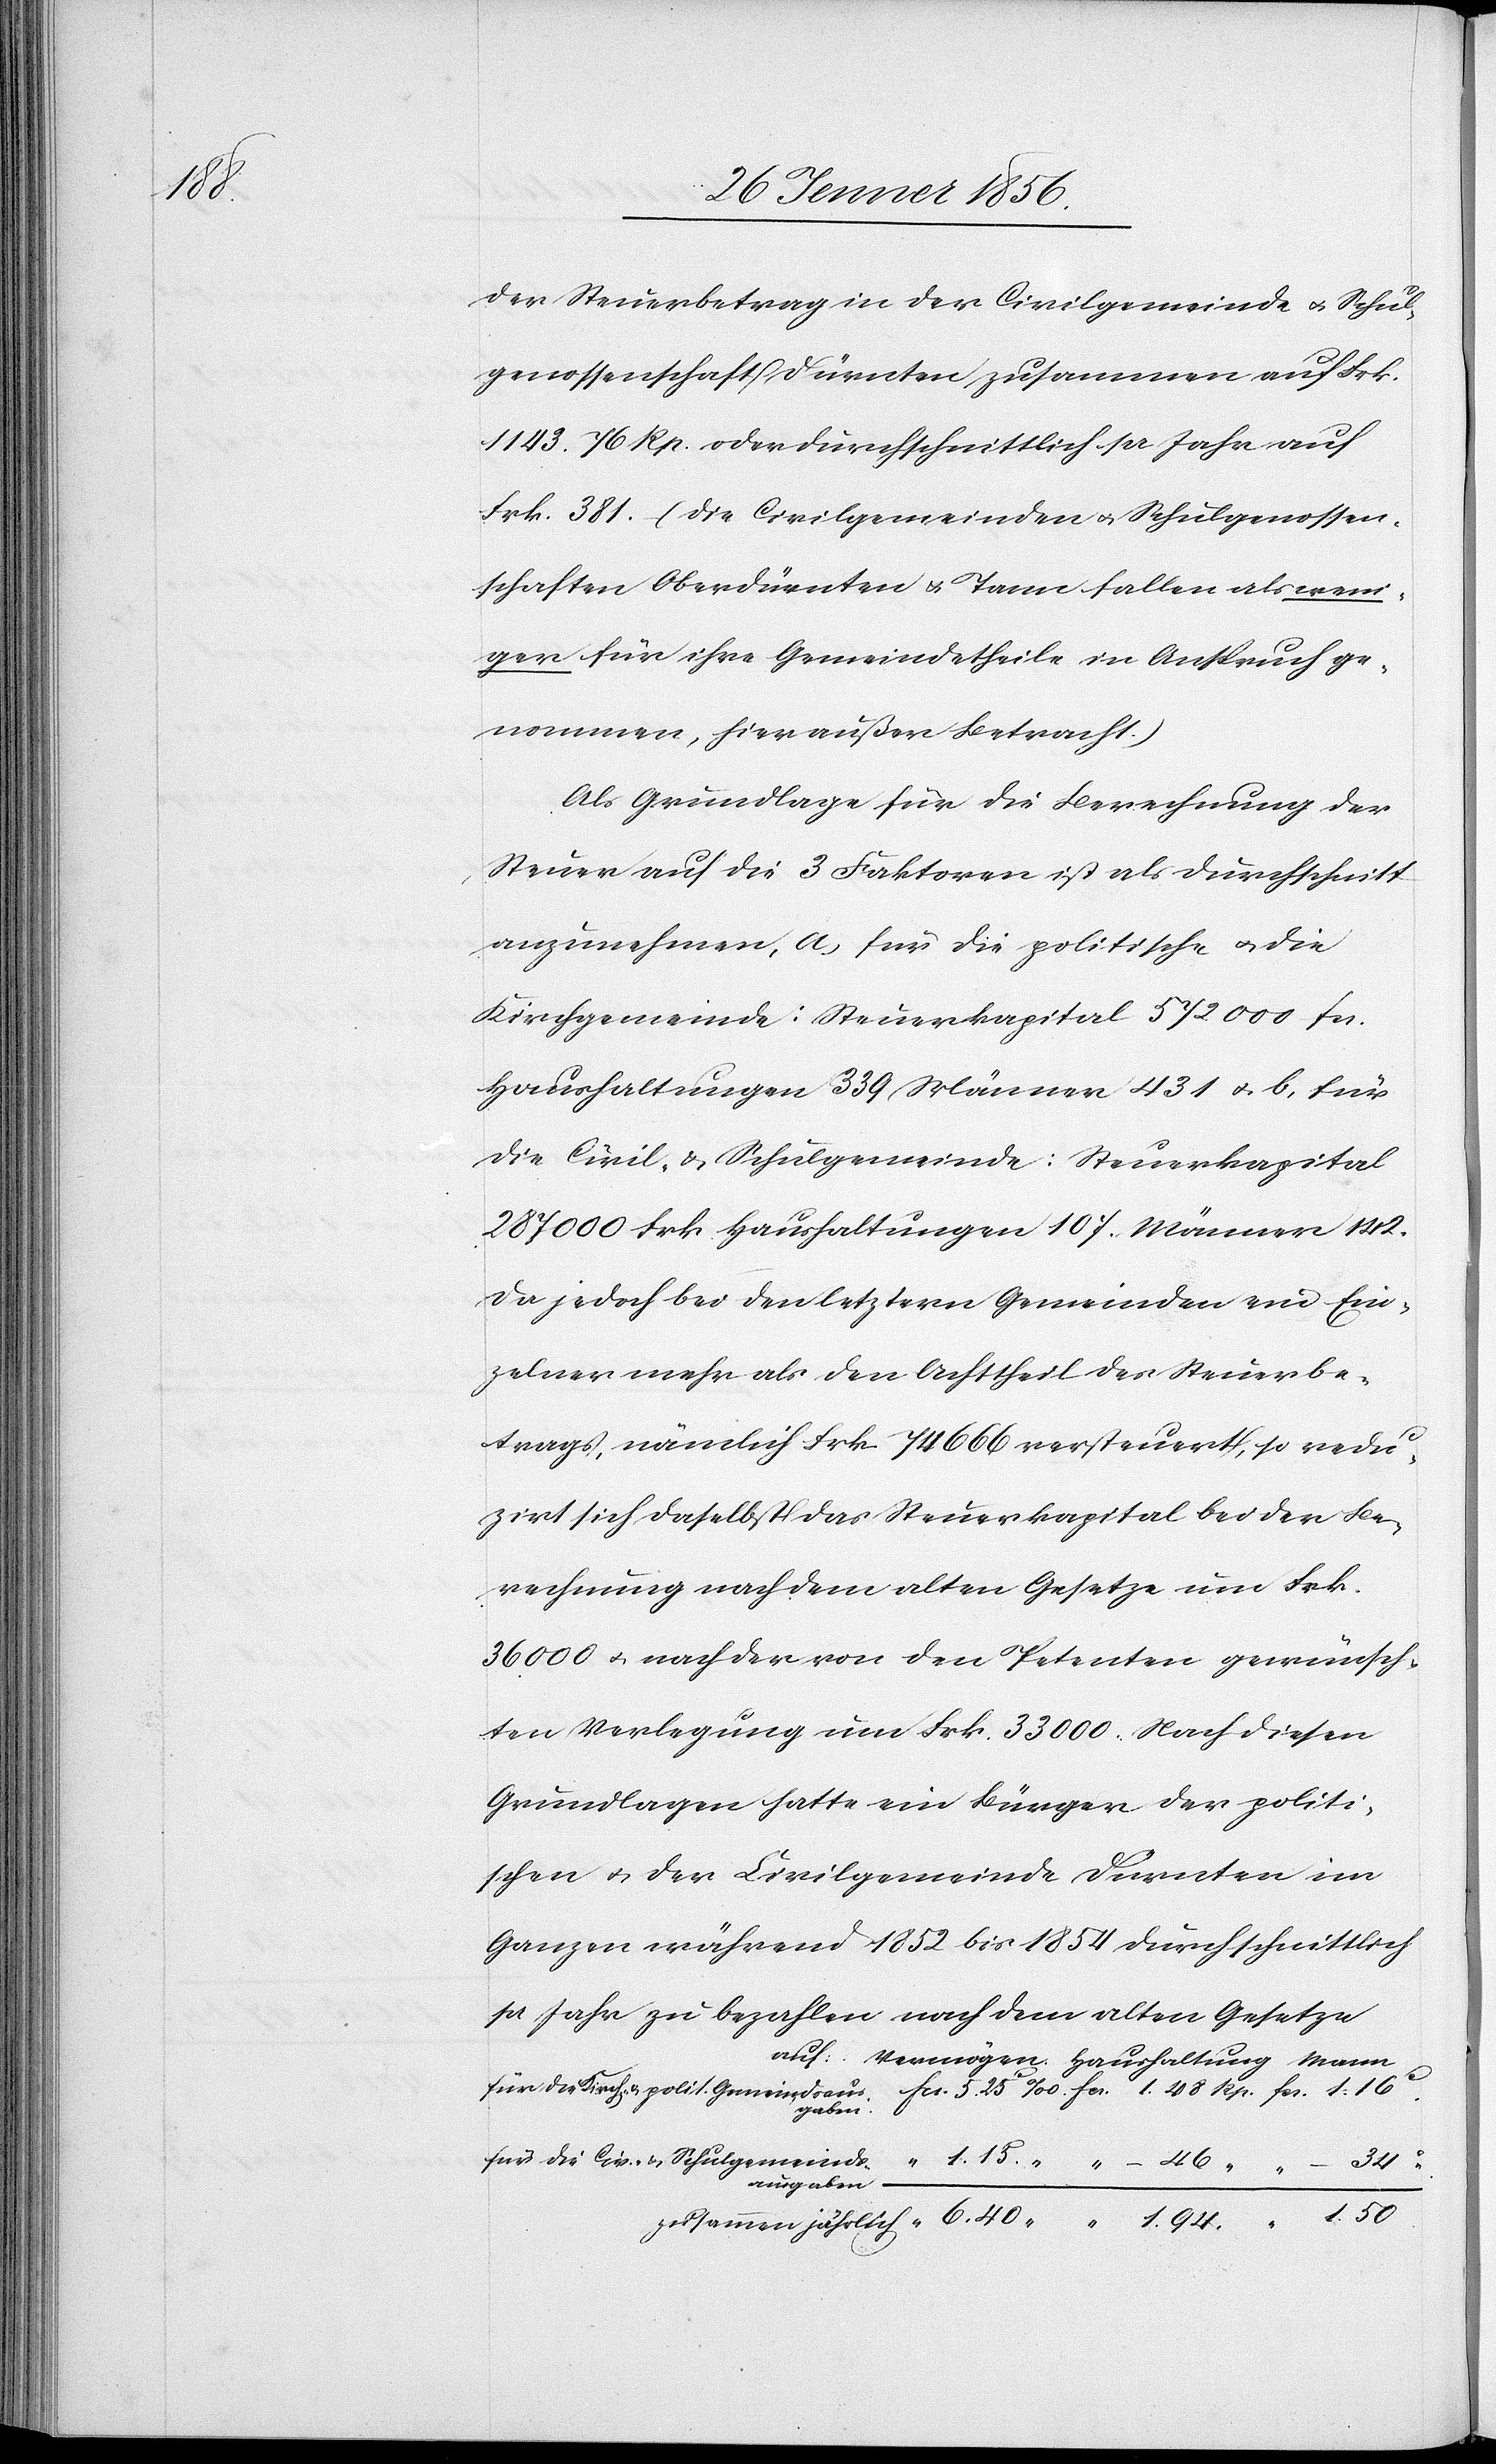
1.

der Steuerbetrag in der Civilgemeinde u. Schul¬
genossenschaft Dürnten zusammen auf Frk.
1143. 76 Rp. oder durchschnittlich pr Jahr auf
Frk. 381. (die Civilgemeinden u. Schulgenossen¬
schaften Oberdürnten u. Tann fallen als weni¬
ger für ihre Gemeindetheile in Anspruch ge¬
nommen, hier außer Betracht.)
Als Grundlage für die Berechnung der
Steuer auf die 3 Faktoren ist als Durchschnitt
anzunehmen, a, für die politische u. die
Kirchgemeinde: Steuerkapital 572000 fa.
Haushaltungen 339 Männer 431 u. b, für
die Civil- & Schulgemeinde: Steuerkapital
287 000 Frk. Haushaltungen 107. Männer 142.
Da jedoch bei den letztern Gemeinden ein Ein¬
zelner mehr als den Achtheil des Steuerbe¬
trags, nämlich Frk 74666 versteuert, so redu¬
zirt sich daselbst das Steuerkapital bei der Be¬
rechnung nach dem alten Gesetze um Frk.
36000 u. nach der von den Petenten gewünsch¬
ten Verlegung um Frk. 33000. Nach diesen
Grundlagen hatte ein Bürger der politi¬
schen u. der Civilgemeinde Dürnten im
Ganzen während 1852 bis 1854 durchschnittlich
pr Jahr zu bezahlen nach dem alten Gesetze
für die Kirch- u. polit. Gemeindsaus¬
gaben.
50.